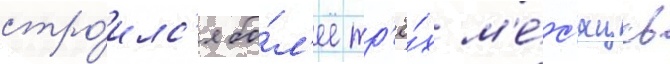
стро́илс'я бо́л'ее тр'ё́х м'е́с'яцев